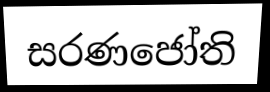
සරණජෝති